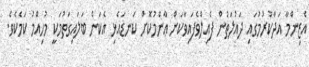
އެޒިންމާ އަދާކުރުމުގައި ދައުލަތުން ފެއިލްވެފައިވާކަން ޢާންމުކޮށް ކަނޑައެޅި އެކަން ބަލައިގަތުމަކީ މުހިއްމު ކަމެކެވެ.